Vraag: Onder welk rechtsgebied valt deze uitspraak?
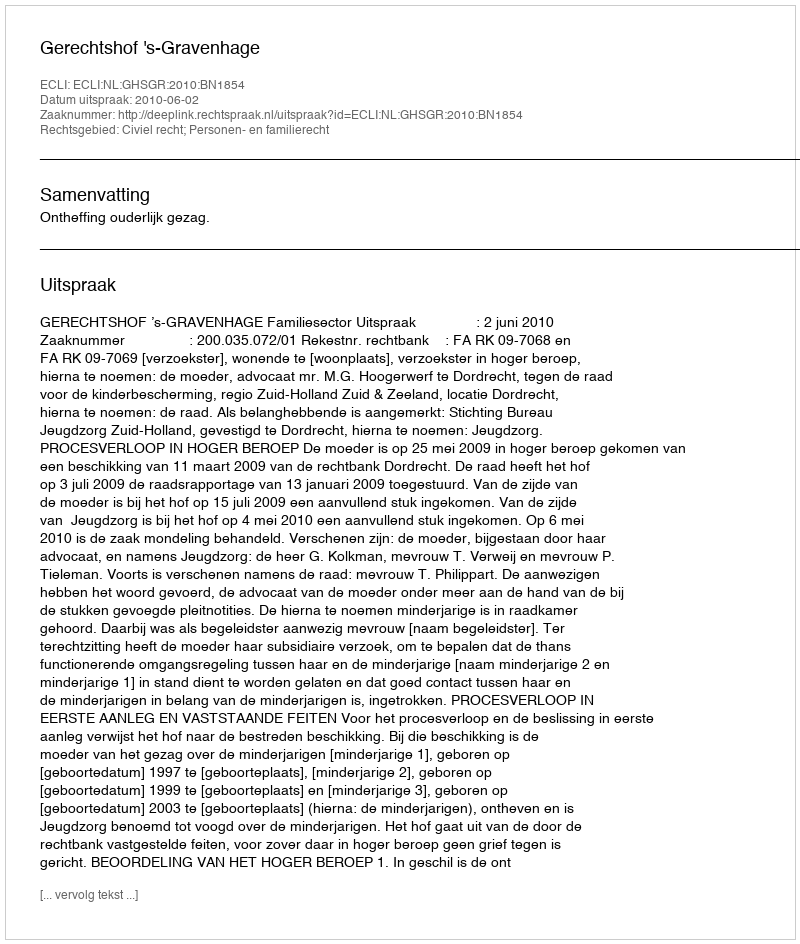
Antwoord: Civiel recht; Personen- en familierecht